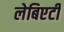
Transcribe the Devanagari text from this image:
लेबिएटी